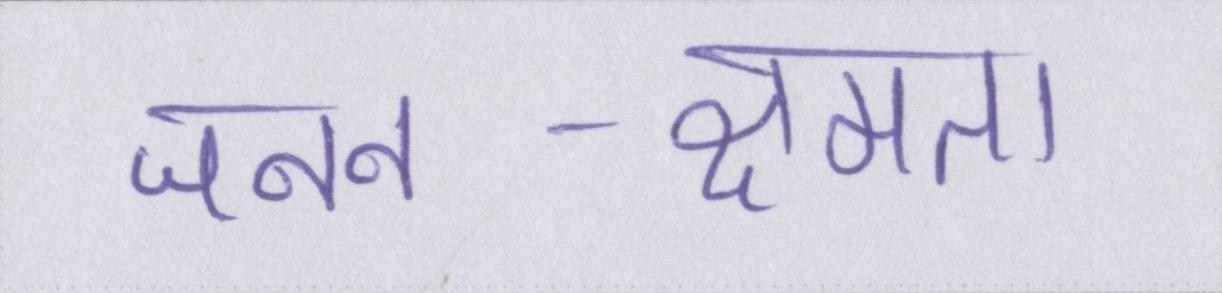
जनन-क्षमता